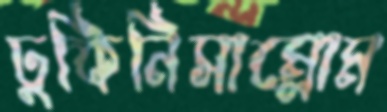
ঢুকিনিসাম্‌লোম